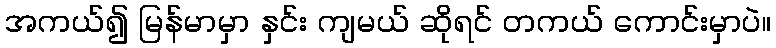
အကယ်၍ မြန်မာမှာ နှင်း ကျမယ် ဆိုရင် တကယ် ကောင်းမှာပဲ။